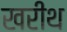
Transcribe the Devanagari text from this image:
खरीथ